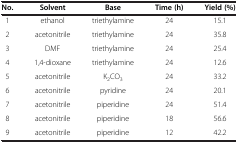
<table><thead><tr><td><b>No.</b></td><td><b>Solvent</b></td><td><b>Base</b></td><td><b>Time (h)</b></td><td><b>Yield (%)</b></td></tr></thead><tbody><tr><td>1</td><td>ethanol</td><td>triethylamine</td><td>24</td><td>15.1</td></tr><tr><td>2</td><td>acetonitrile</td><td>triethylamine</td><td>24</td><td>35.8</td></tr><tr><td>3</td><td>DMF</td><td>triethylamine</td><td>24</td><td>25.4</td></tr><tr><td>4</td><td>1,4-dioxane</td><td>triethylamine</td><td>24</td><td>12.6</td></tr><tr><td>5</td><td>acetonitrile</td><td>K<sub>2</sub>CO<sub>3</sub></td><td>24</td><td>33.2</td></tr><tr><td>6</td><td>acetonitrile</td><td>pyridine</td><td>24</td><td>20.1</td></tr><tr><td>7</td><td>acetonitrile</td><td>piperidine</td><td>24</td><td>51.4</td></tr><tr><td>8</td><td>acetonitrile</td><td>piperidine</td><td>18</td><td>56.6</td></tr><tr><td>9</td><td>acetonitrile</td><td>piperidine</td><td>12</td><td>42.2</td></tr></tbody></table>